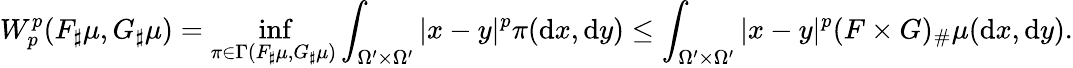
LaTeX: W_{p}^{p}(F_{\sharp}\mu,G_{\sharp}\mu)=\operatorname*{inf}_{\pi\in\Gamma(F_{\sharp}\mu,G_{\sharp}\mu)}\int_{\Omega^{\prime}\times\Omega^{\prime}}|x-y|^{p}\pi(\mathrm{d}x,\mathrm{d}y)\leq\int_{\Omega^{\prime}\times\Omega^{\prime}}|x-y|^{p}(F\times G)_{\# }\mu(\mathrm{d}x,\mathrm{d}y).